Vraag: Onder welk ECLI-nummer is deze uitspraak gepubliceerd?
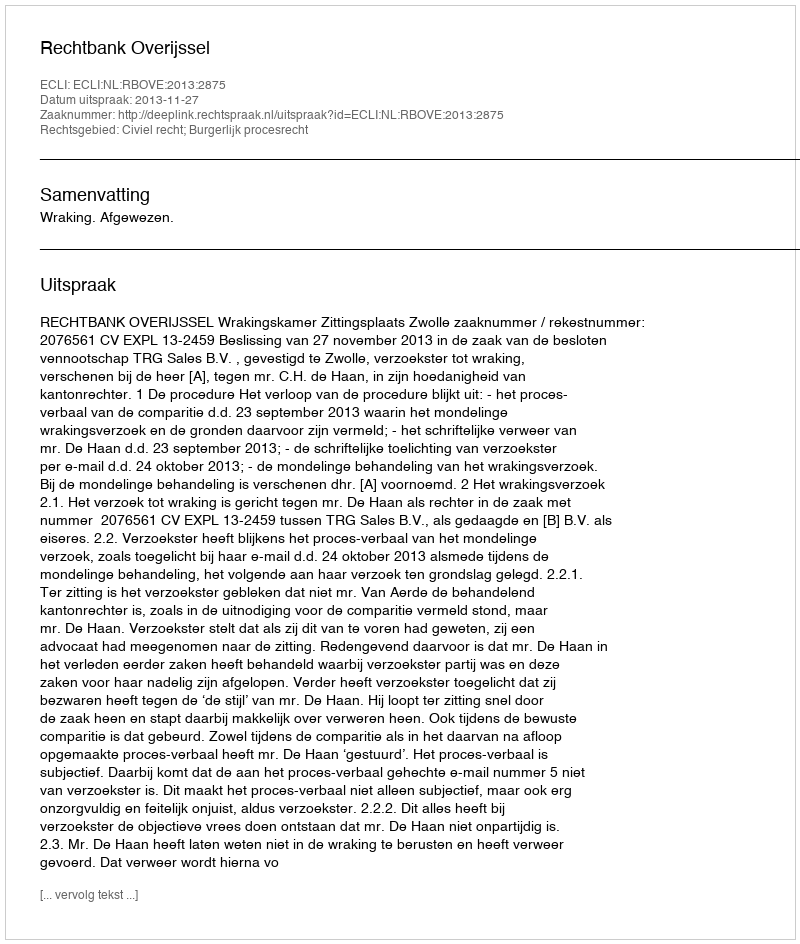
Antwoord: ECLI:NL:RBOVE:2013:2875